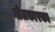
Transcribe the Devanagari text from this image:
गीतकारका